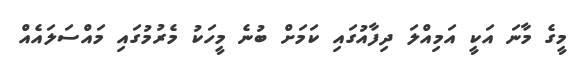
މީގެ މާނަ އަކީ އަމިއްލަ ދިފާއުގައި ކަމަށް ބުނެ މީހަކު މެރުމުގައި މައްސަލައެއް